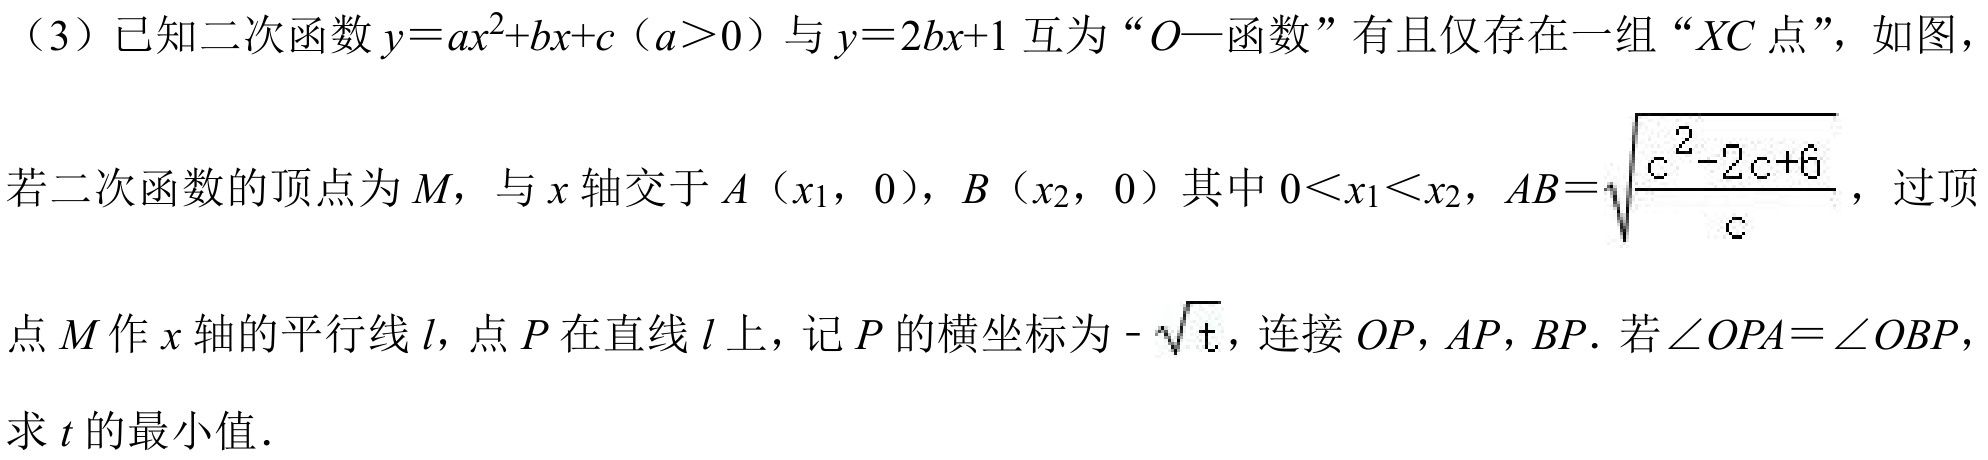
（3）已知二次函数\(y = ax^{2}+bx + c\)（\(a>0\)）与\(y = 2bx + 1\)互为“\(O—\)函数”有且仅存在一组“\(XC\)点”，如图，
若二次函数的顶点为\(M\)，与\(x\)轴交于\(A(x_{1},0)\)，\(B(x_{2},0)\)其中\(0<x_{1}<x_{2}\)，\(AB = \sqrt{\frac{c^{2}-2c + 6}{c}}\)，过顶
点\(M\)作\(x\)轴的平行线\(l\)，点\(P\)在直线\(l\)上，记\(P\)的横坐标为\(-\sqrt{t}\)，连接\(OP\)，\(AP\)，\(BP\)．若\(\angle OPA=\angle OBP\)，
求\(t\)的最小值．